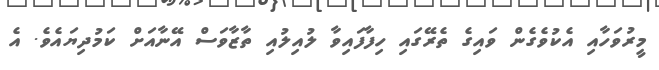
މީރުވަހާއި އެކުވެގެން ވައިގެ ތެރޭގައި ހިފާފައިވާ ލުއިލުއި ތާޒާވަސް އޭނާއަށް ކަމުދިޔައެވެ. އެ